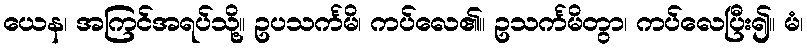
ယေန၊ အကြင်အရပ်သို့။ ဥပသင်္ကမိ၊ ကပ်လေ၏။ ဥသင်္ကမိတွာ၊ ကပ်လေပြီး၍။ မံ၊